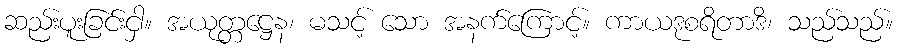
ဆည်းပူးခြင်းငှါ။ အယုတ္တဋ္ဌေန၊ မသင့် သော အနက်ကြောင့်။ ကာယဒုစရိတာဒိ၊ သည်သည်။